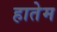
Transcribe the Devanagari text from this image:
हातेम